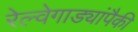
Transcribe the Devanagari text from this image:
रेल्वेगाड्यांपैकी